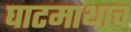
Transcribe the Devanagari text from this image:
घाटमाथाच